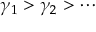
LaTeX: \gamma _ { 1 } > \gamma _ { 2 } > \cdots